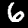
Label: 6